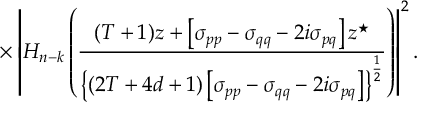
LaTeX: \times \left| H _ { n - k } \left( \frac { ( T + 1 ) z + \left[ \sigma _ { p p } - \sigma _ { q q } - 2 i \sigma _ { p q } \right] z ^ { \star } } { \left\{ ( 2 T + 4 d + 1 ) \left[ \sigma _ { p p } - \sigma _ { q q } - 2 i \sigma _ { p q } \right] \right\} ^ { \frac 1 2 } } \right) \right| ^ { 2 } .